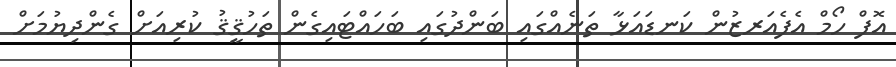
އޮފް ހޯމް އެފެއަރޒުން ކަނޑައަޅާ ތަނެއްގައި ބަންދުގައި ބަހައްޓައިގެން ތަހުޤީޤު ކުރިއަށް ގެންދިޔުމަށް